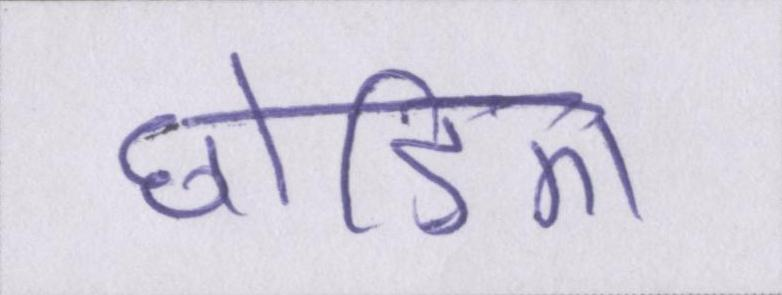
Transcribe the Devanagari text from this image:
छोड़िए